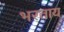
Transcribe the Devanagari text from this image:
भरताय